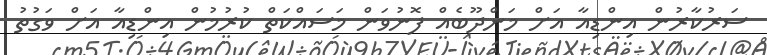
ސަރުކާރުން އިންޑިއާ އަށް މަންދޫބެއް ފޮނުވަން މަސައްކަތް ކުރުމުން އިންޑިއާ އަށް ވަގުތު